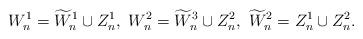
LaTeX: \begin{align*} W^1_n = \widetilde{W}_n^1 \cup Z_n^1, \ W^2_n = \widetilde{W}_n^3 \cup Z_n^2, \ \widetilde{W}_n^2 = Z^1_n \cup Z_n^2.\end{align*}